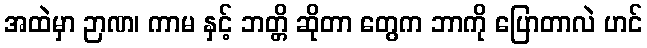
အထဲမှာ ဉာဏ၊ ကာမ နှင့် ဘတ္တိ ဆိုတာ တွေက ဘာကို ပြောတာလဲ ဟင်